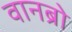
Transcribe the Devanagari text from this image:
वानब्रो